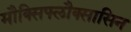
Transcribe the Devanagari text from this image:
मौक्सिफ्लौक्सासिन